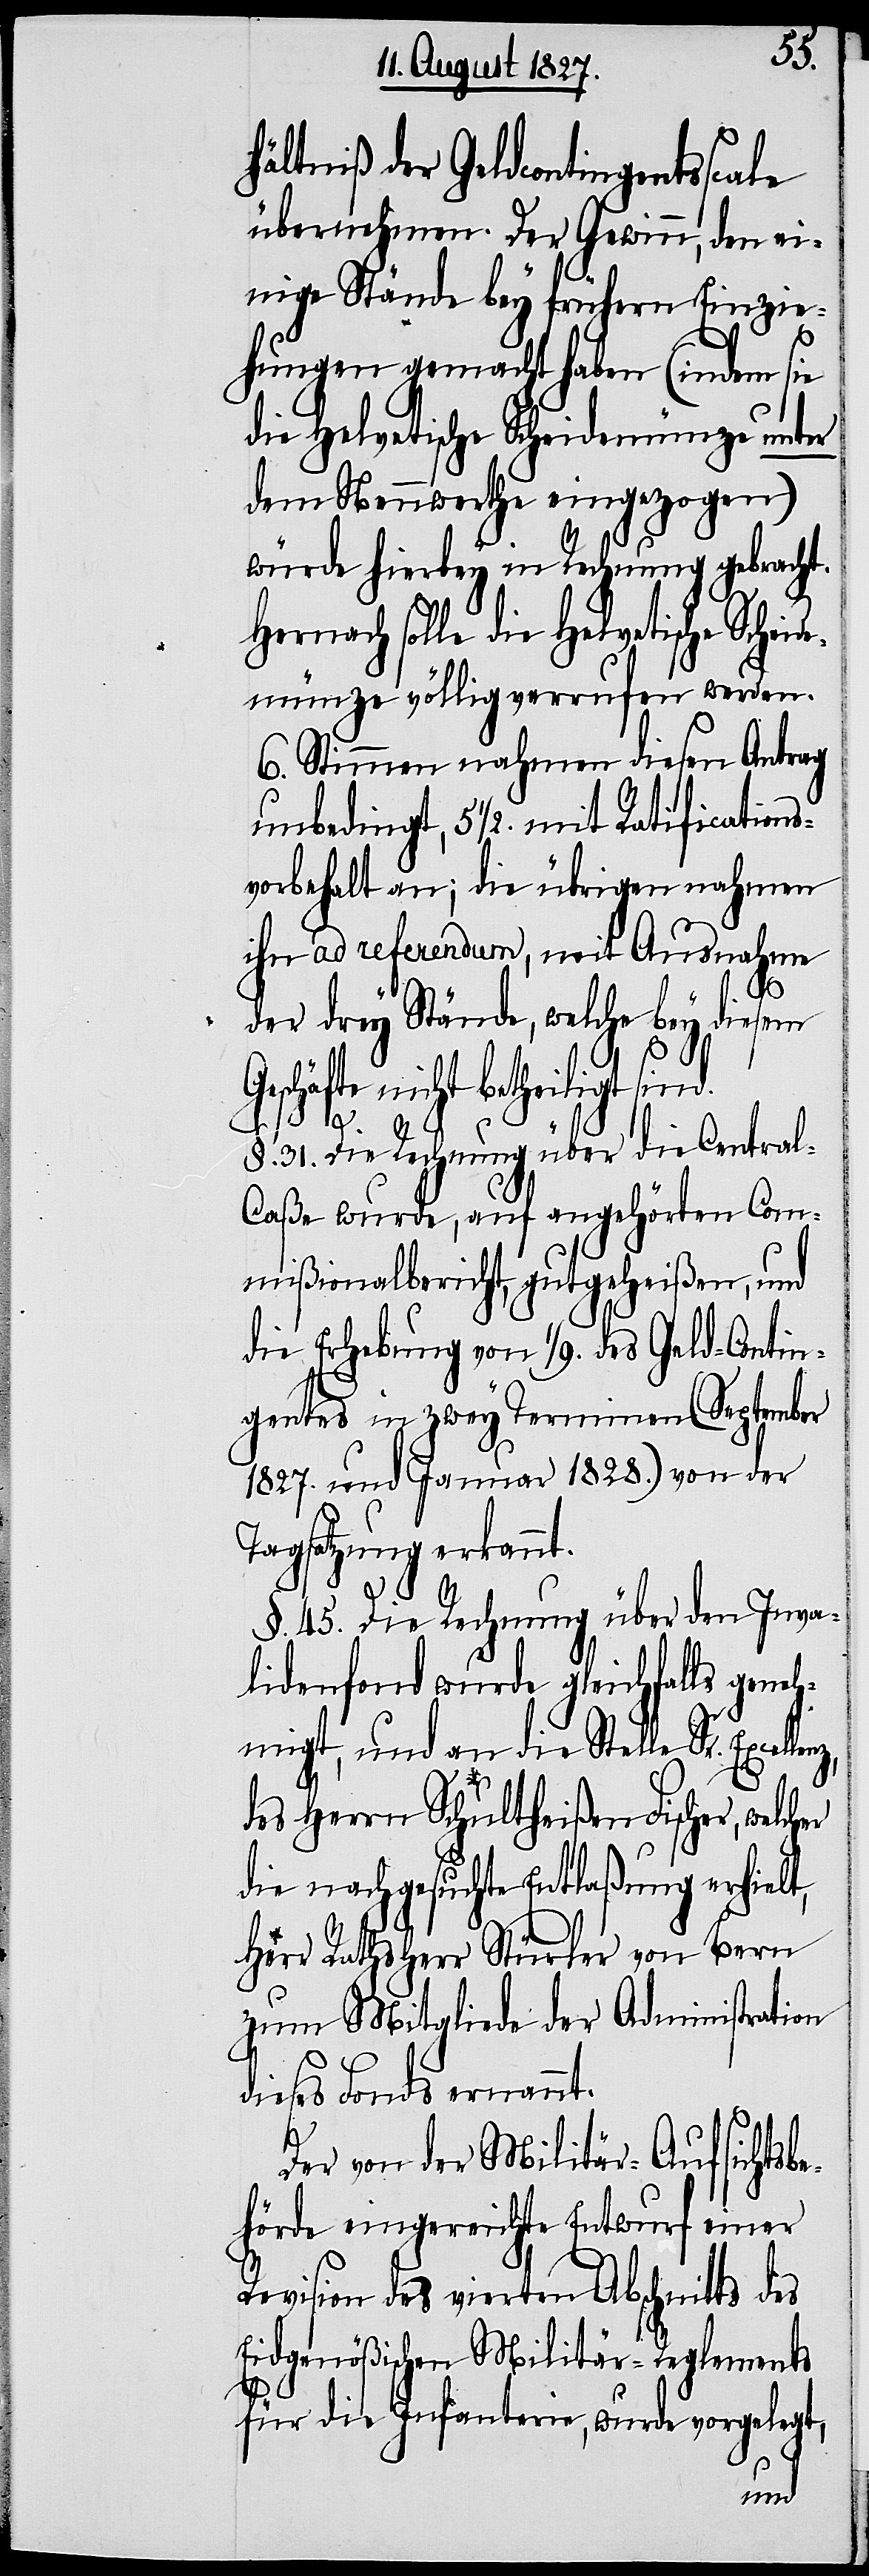
cher
hältniß der Geldcontingentsscale
übernehmen. Der Gewinn, den ei¬
nige Stände bey frühern Einzie¬
hungen gemacht haben (indem sie
die Helvetische Scheidemünze unter
dem Nennwerthe eingezogen)
würde herbey in Rechnung gebracht.
Hernach solle die Helvetische
emünze völlig verrufen werden.
6. Stimmen nehmen diesen Antrag
unbedingt, 5 ½. mit Ratfications¬
vorbehalt an; die übrigen nahmen
ihn ad referendum, mit Ausnahme
der drey Stände, welche bey diesem
Geschäfte nicht betheiligt sind.
Scheid¬
§. 31. Die Rechnung über die Centra¬
l-Caße wurde, auf angehörten Com¬
mißionalbericht, gutgeheißen, und
die Erhebung von 1/9. des Geld-Conti¬
gentes in zwey Terminen (September
1827. und Januar 1828.) von der
Tagsatzung erkannt.
§. 45. Die Rechnung über den Inva¬
lidenfond wurde gleichfalls geneh¬
migt, und an die Stelle Sr.
des Herrn Schultheißen Fischer, wel¬
die nachgesuchte Entlaßung erhielt,
Herr Rathsherr Stürler von Bern
zum Mitgliede der Administration
dieses Fonds ernannt.
Der von der Militär-Aufsichtsb¬
ehörde eingereichte Entwurf einer
Revision des vierten Abschnitts des
Eidgenößischen Militär-Reglements
für die Infanterie, wurde vorgelegt,